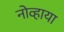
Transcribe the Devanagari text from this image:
नोव्हाया